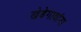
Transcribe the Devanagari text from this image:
खेडेगावांना